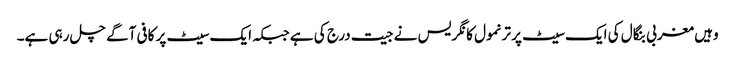
وہیں مغربی بنگال کی ایک سیٹ پر ترنمول کانگریس نے جیت درج کی ہے جبکہ ایک سیٹ پر کافی آگے چل رہی ہے۔